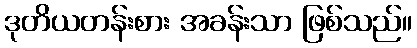
ဒုတိယတန်းစား အခန်းသာ ဖြစ်သည်။